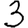
Digit: 3